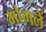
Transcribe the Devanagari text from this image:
मांगलें